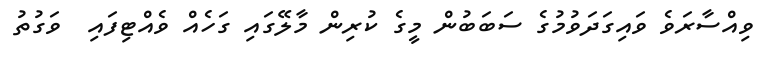
ވިއްސާރަވެ ވައިގަދަވުމުގެ ސަބަބުން މީގެ ކުރިން މާލޭގައި ގަހެއް ވެއްޓިފައި  ވަގުތު